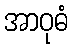
အာဝုဓံ